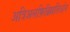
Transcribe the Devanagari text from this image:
अत्रिअलफ़िब्रिल्लतिओन